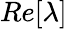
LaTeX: Re[\lambda]